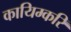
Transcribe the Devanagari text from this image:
कायिम्करि